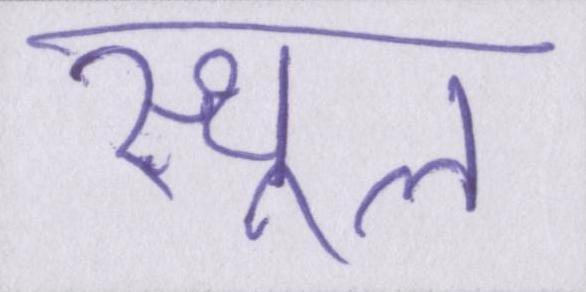
स्थूल